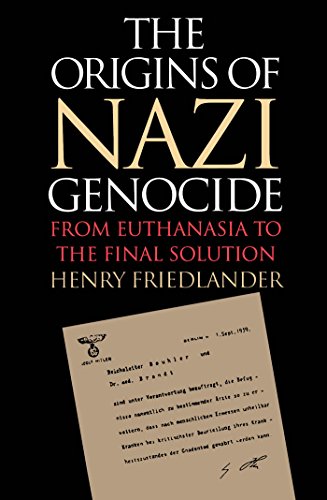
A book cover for The Origins of Nazi Genocide: From Euthanasia to the Final Solution; Henry Friedlander; Medical Books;